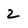
Character: 2